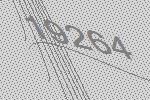
19264